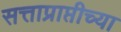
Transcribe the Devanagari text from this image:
सत्ताप्राप्तीच्या